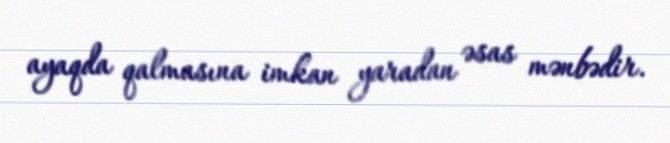
ayaqda qalmasına imkan yaradan əsas mənbədir.